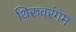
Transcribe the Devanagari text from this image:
थिरुवरंगम